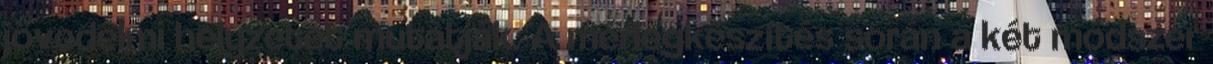
jövedelmi helyzetet mutatják. A mérlegkészítés során a két módszer